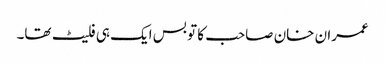
عمران خان صاحب کا تو بس ایک ہی فلیٹ تھا۔